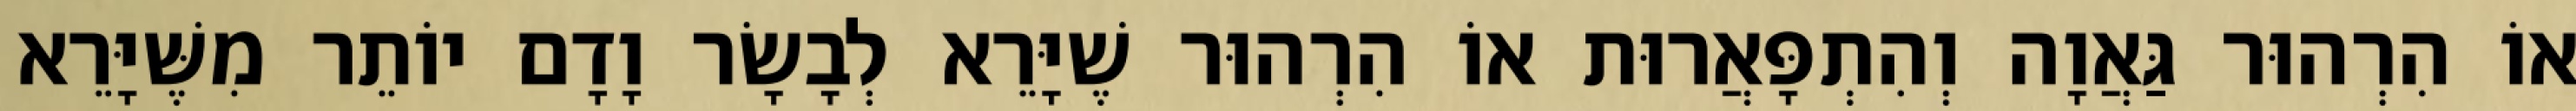
אוֹ הִרְהוּר גַּאֲוָה וְהִתְפָּאֲרוּת אוֹ הִרְהוּר שֶׁיָּרֵא לְבָשָׂר וָדָם יוֹתֵר מִשֶּׁיָּרֵא